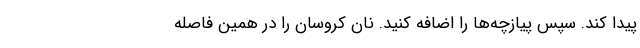
پیدا کند. سپس پیازچه‌ها را اضافه کنید. نان کروسان را در همین فاصله